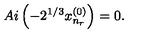
A i \left( - 2 ^ { 1 / 3 } x _ { n _ { r } } ^ { ( 0 ) } \right) = 0 .